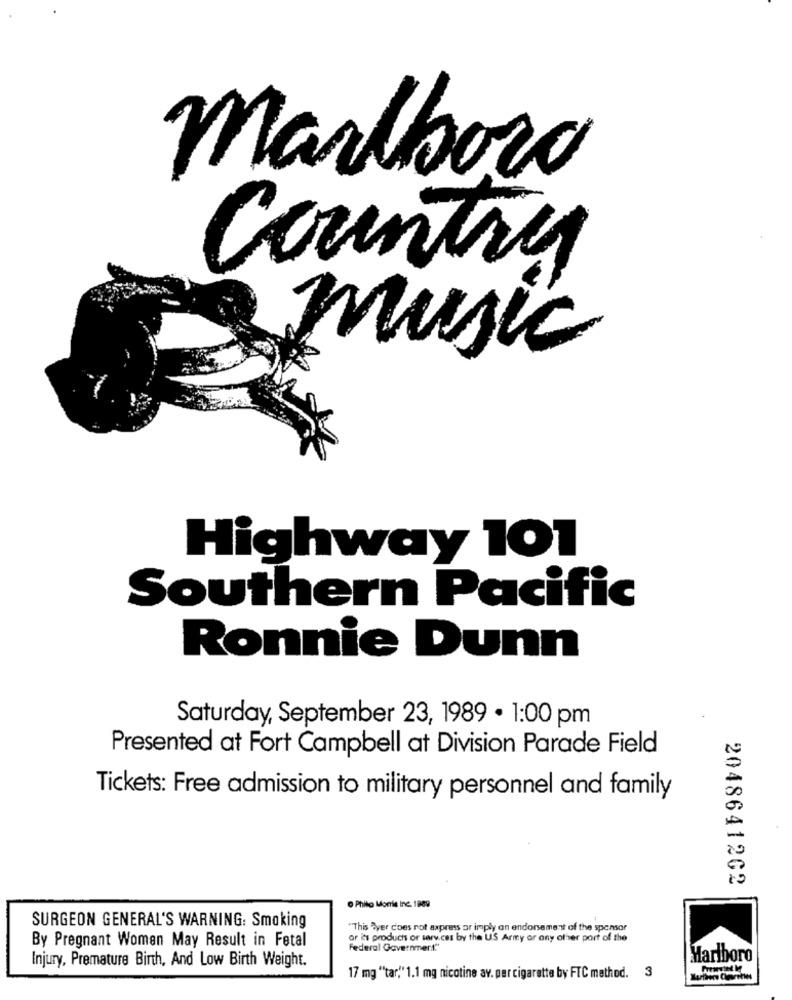
Marlboro
country
music
Highway 101
Southern Pacific
Ronnie Dunn
Saturday, September 23, 1989 · 1:00 pm
Presented at Fort Campbell at Division Parade Field
Tickets: Free admission to military personnel and family
2048641262
O Philo Morris Inc. 1989
SURGEON GENERAL'S WARNING: Smoking
"This Ayer coes not axpress ar imply an endorsement of the sponsor
By Pregnant Women May Result in Fetal
or its products or services by the US Army or any other port of the
Federal Government""
Marlboro
Injury, Premature Birth, And Low Birth Weight.
17 mg "tar" 1.1 mg nicotine av. per cigarette by FTC method. 3